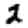
Digit: 2